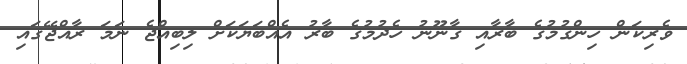
ވެރިކަން ހިންގުމުގެ ބާރާއި ގާނޫނު ހެދުމުގެ ބާރު އެއްބަޔަކަށް ލިބިއްޖެ ނަމަ ރާއްޖޭގައި